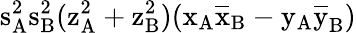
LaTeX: \mathrm{s_{A}^{2}\mathrm{s_{B}^{2}(\mathrm{z_{A}^{2}+\mathrm{z_{B}^{2})(\mathrm{x_{A}\mathrm{\overline{{x}}_{B}-\mathrm{y_{A}\mathrm{\overline{{y}}_{B})}}}}}}}}